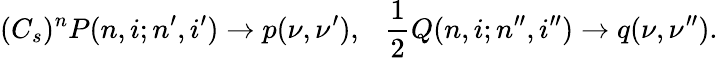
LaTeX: (C_{s})^{n}P(n,i;n^{\prime},i^{\prime})\to p(\nu,\nu^{\prime}),~~~\frac{1}{2}Q(n,i;n^{\prime\prime},i^{\prime\prime})\to q(\nu,\nu^{\prime\prime}).